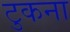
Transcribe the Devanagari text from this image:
टुकना